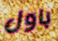
باول